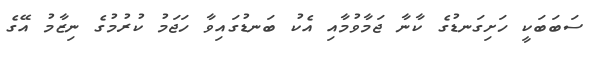
ސަބަބަކީ ހަށިގަނޑުގެ ކާނާ ޖަމާވުމާއި އެކު ބަނޑުގައިވާ ހަޖަމު ކުރުމުގެ ނިޒާމު އޭގެ